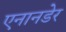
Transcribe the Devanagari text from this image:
एनानडेर